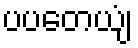
ပပတေယျံ